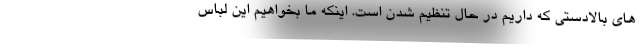
های بالادستی که داریم در حال تنظیم شدن است. اینکه ما بخواهیم این لباس